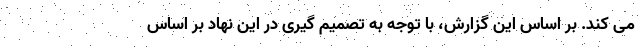
می کند. بر اساس این گزارش، با توجه به تصمیم گیری در این نهاد بر اساس